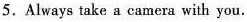
5. Always take a camera with you.